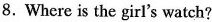
8.Where is the girl's watch?